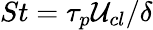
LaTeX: St=\tau_{p}\mathcal{U}_{cl}/\delta